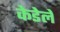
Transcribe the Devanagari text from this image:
केडेले